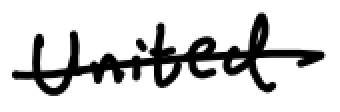
Text: United
Cross-out: single-line
Writing tool: digital_black